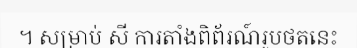
។ សម្រាប់ សី ការតាំងពិព័រណ៍រូបថតនេះ